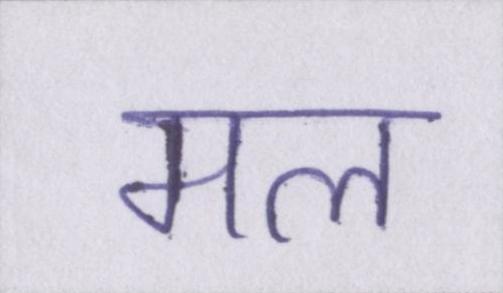
मल